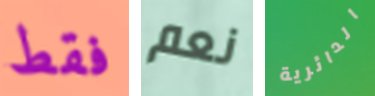
فقط نعم الدائرية